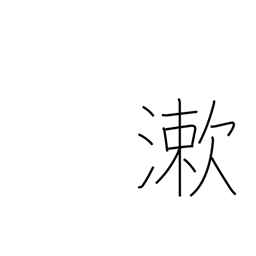
Meaning: rinse mouth